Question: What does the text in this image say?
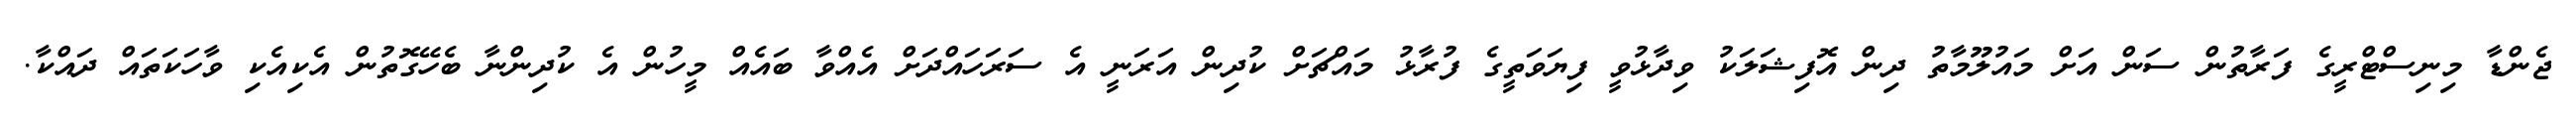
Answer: ޖެންޑާ މިނިސްޓްރީގެ ފަރާތުން ސަން އަށް މައުލޫމާތު ދިން އޮފިޝަލަކު ވިދާޅުވީ ފިޔަވަތީގެ ފުރާޅު މައްޗަށް ކުދިން އަރަނީ އެ ސަރަހައްދަށް އެއްވާ ބައެއް މީހުން އެ ކުދިންނާ ބެހޭގޮތުން އެކިއެކި ވާހަކަތައް ދައްކާ.